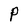
Character: P